Lunatic asylums in Bengal annual reports 1888-1898 - 1888-1898
Year: 1888
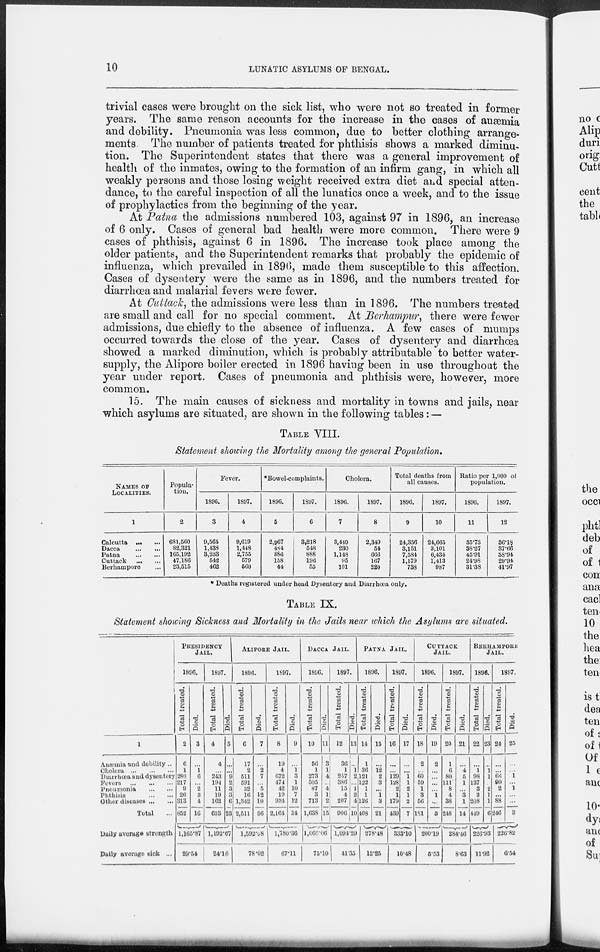
10
LUNATIC ASYLUMS OF BENGAL.
trivial cases were brought on the sick list, who were not so treated in former
years. The same reason accounts for the increase in the cases of anæmia
and debility. Pneumonia was less common, due to better clothing arrange-
ments The number of patients treated for phthisis shows a marked diminu-
tion. The Superintendent states that there was a general improvement of
health of the inmates, owing to the formation of an infirm gang, in which all
weakly persons and those losing weight received extra diet and special atten-
dance, to the careful inspection of all the lunatics once a week, and to the issue
of prophylactics from the beginning of the year.
At Patna the admissions numbered 103, against 97 in 1896, an increase
of 6 only. Cases of general bad health were more common. There were 9
cases of phthisis, against 6 in 1896. The increase took place among the
older patients, and the Superintendent remarks that probably the epidemic of
influenza, which prevailed in 1896, made them susceptible to this affection.
Cases of dysentery were the same as in 1896, and the numbers treated for
diarrhœa and malarial fevers were fewer.
At Cuttack, the admissions were less than in 1896. The numbers treated
are small and call for no special comment. At Berhampur, there were fewer
admissions, due chiefly to the absence of influenza. A few cases of mumps
occurred towards the close of the year. Cases of dysentery and diarrhœa
showed a marked diminution, which is probably attributable to better water-
supply, the Alipore boiler erected in 1896 having been in use throughout the
year under report. Cases of pneumonia and phthisis were, however, more
common.
15. The main causes of sickness and mortality in towns and jails, near
which asylums are situated, are shown in the following tables : —
TABLE VIII.
Statement showing the Mortality among the general Population.
NAMES OF
LOCALITIES.
1
Calcutta
...
...
Dacca...
...
Patna
...
...
Cuttack
...
...
Berhampore ...
Popula-
tion.
2
681,560
82,321
165,192
47,186
23,515
Fever.
1896.
3
9,564
1,438
3,233
542
462
1897.
4
9,619
1,448
2,755
579
560
*Bowel-complaints.
1896.
5
2,967
484
886
158
44
1897.
6
3,218
548
888
196
55
Cholera.
1896.
7
3,449
230
1,148
95
101
1897.
8
2,319
54
666
167
220
Total deaths from
all causes.
1896.
9
24,356
3,151
7,584
1,179
738
1897.
10
24,665
3,101
6,434
1,413
987
Ratio per 1,000 of
population.
1896.
11
35.73
38.27
45.91
24.98
31.38
1897.
12
36.18.
37.66
38.94
29.94
41.97
* Deaths registered under head Dysentery and Diarrhœa only.
TABLE IX.
Statement showing Sickness and Mortality in the Jails near which the Asylums are situated.
1
Anæmia and debility ..
Cholera
...
...
...
Diarrhœa and dysentery
Fevers ... ... ... ...
Pneumonia ... ... ...
Phthisis
...
...
Other diseases ... ...
Total ...
Daily average strength
Daily average sick ...
PRESIDENCY
JAIL.
1896.
Total treated.
2
6
1
280
217
9
26
313
852
Died.
3
...
1
6
...
2
3
4
16
1,165.87
29.54
1897.
Total treated.
4
4
...
243
194
11
19
162
633
Died.
5
...
...
9
2
3
3
6
23
1,192.67
24.16
ALIPORE JAIL.
1896.
Total treated.
6
17
2
511
591
32
16
1,342
2,511
Died.
7
...
2
7
...
5
12
10
36
1,592.68
78.02
1897.
Total treated.
8
19
4
672
474
42
19
934
2,164
Died.
9
...
1
3
1
10
7
12
34
1,780.36
67.11
DACCA JAIL.
1896.
Total treated.
10
56
1
273
505
87
3
713
1,638
Died.
11
3
1
4
4
1
2
15
1,066.06
75.10
1897.
Total treated.
12
36
1
257
3S(5
15
4
207
906
Died.
13
...
1
2
1
2
4
10
1,094.29
44.35
PATNA JAIL.
1896.
Total treated.
14
1
36
121
122
1
1
126
408
Died.
15
...
12
2
3
...
1
3
21
278.48
12.25
1897.
Total treated.
16
...
...
129
128
2
1
179
439
Died.
17
...
...
1
1
2
1
2
7
333.10
10.48
CUTTACK
JAIL.
1896.
Total treated.
18
2
...
60
59
1
3
56
181
Died.
19
2
...
...
1
3
200.19
5.53
1897.
Total treated.
20
1
6
80
111
8
4
38
248
Died.
21
...
4
5
1
...
3
1
14
284.46
8.63
BERHAMPORE
JAIL.
1896.
Total treated.
22
...
1
98
137
3
2
208
449
Died.
23
...
1
1
...
2
1
1
6
226.98
11.92
1897.
Total treated.
24
...
...
66
90
2
...
88
246
Died.
25
...
...
1
...
1
...
...
2
226.82
6.54